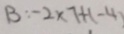
B : - 2 \times 7 + ( - 4 )